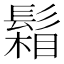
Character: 𩮌